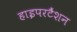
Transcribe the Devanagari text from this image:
हाइपरटैंशन